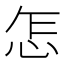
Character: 怎